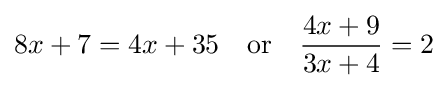
8x+7=4x+35\quad {\text{or}}\quad {\frac {4x+9}{3x+4}}=2